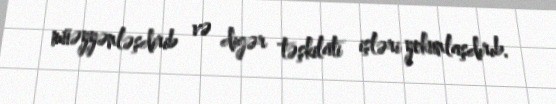
müəyyənləşdirib və digər təşkilati işləri yekunlaşdırıb.